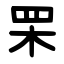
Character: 䍒